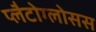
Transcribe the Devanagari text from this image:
प्लैटोग्लोसस